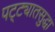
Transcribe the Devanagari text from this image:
पट्ट्यातसुद्धा